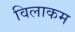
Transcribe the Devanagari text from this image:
विलाकम